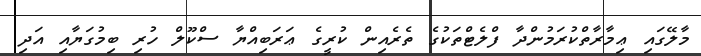
މާލޭގައި ޢިމާރާތްކުރަމުންދާ ފްލެޓްތަކުގެ ތެރެއިން ކުރީގެ ޢަރަބިއްޔާ ސްކޫލް ހުރި ބިމުގަޔާއި އަދި